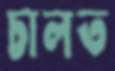
চালত